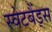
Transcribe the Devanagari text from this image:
स्वेटबैंड्स